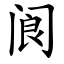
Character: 阆